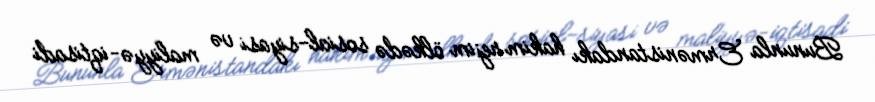
Bununla Ermənistandakı hakim rejim ölkədə sosial-siyasi və maliyyə-iqtisadi